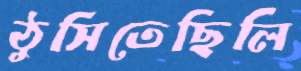
ঠুসিতেছিলি